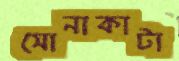
সোনাকাটা